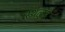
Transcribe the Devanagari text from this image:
स्थलहै